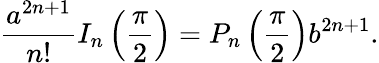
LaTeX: {\frac{a^{2n+1}}{n!}}I_{n}\left({\frac{\pi}{2}}\right)=P_{n}\left({\frac{\pi}{2}}\right)b^{2n+1}.